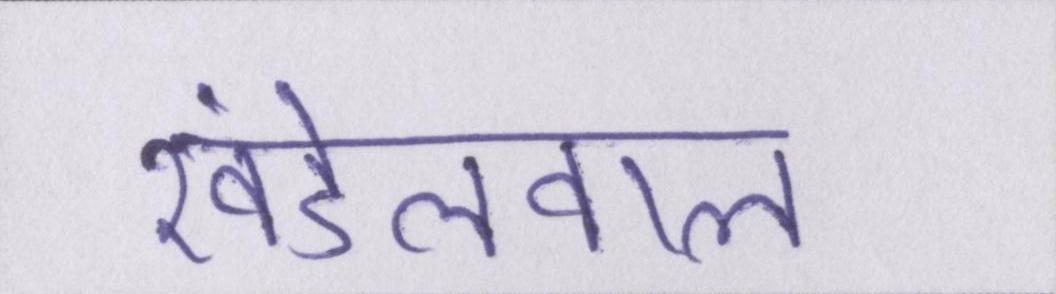
खंडेलवाल